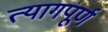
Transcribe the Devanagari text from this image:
त्यागपूर्ण